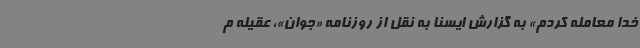
خدا معامله کردم» به گزارش ایسنا به نقل از روزنامه «جوان»، عقیله م